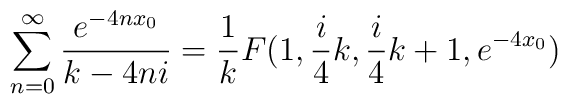
\sum_{n=0}^{\infty}\frac{e^{-4nx_{0}}}{k-4ni} =\frac{1}{k} F(1,\frac{i}{4}k,\frac{i}{4}k+1,e^{-4x_{0}})